Sanitation, dispensaries and jails vaccination Rajputana 1922-1927 - 1922-1927
Year: 1922
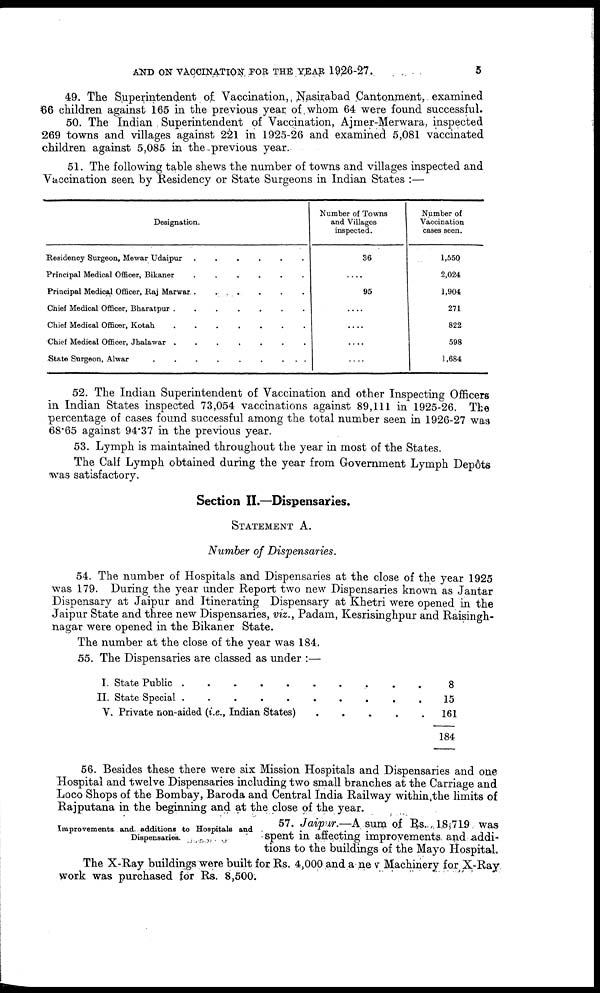
AND ON VACCINATION FOR THE YEAR 1926-27.
5
49. The Superintendent of Vaccination, Nasirabad Cantonment, examined
66 children against 165 in the previous year of whom 64 were found successful.
50. The Indian , Superintendent of Vaccination, Ajmer-Merwara, inspected
269 towns and villages against 221 in 1925-26 and examined 5,081 vaccinated
children against 5,085 in the previous year.
51. The following table shews the number of towns and villages inspected and
Vaccination seen by Residency or State Surgeons in Indian States :—
Designation.
Residency Surgeon, Mewar Udaipur
.
.
.
.
.
Principal Medical Officer, Bikaner
.
.
.
.
.
Principal Medical Officer, Raj Marwar . . . . .
Chief Medical Officer, Bharatpur
.
.
.
.
.
.
Chief Medical Officer, Kotah
.
.
.
.
.
.
Chief Medical Officer, Jhalawar
.
.
.
.
.
.
State Surgeon, Alwar
.
.
.
.
.
.
Number of Towns
and Villages
inspected.
36
....
95
....
....
....
....
Number of
Vaccination
cases seen.
1,550
2,024
1,904
271
822
598
1,684
52. The Indian Superintendent of Vaccination and other Inspecting Officers
in Indian States inspected 73,054 vaccinations against 89,111 in 1925-26. The
percentage of cases found successful among the total number seen in 1926-27 was
68.65 against 94.37 in the previous year.
53. Lymph is maintained throughout the year in most of the States.
The Calf Lymph obtained during the year from Government Lymph Depôts
was satisfactory.
Section II.—Dispensaries.
STATEMENT A.
Number of Dispensaries.
54. The number of Hospitals and Dispensaries at the close of the year 1925
was 179. During the year under Report two new Dispensaries known as Jantar
Dispensary at Jaipur and Itinerating Dispensary at Khetri were opened in the
Jaipur State and three new Dispensaries, viz., Padam, Kesrisinghpur and Raisingh-
nagar were opened in the Bikaner State.
The number at the close of the year was 184.
55. The Dispensaries are classed as under :—
I. State Public . . . . . . . . .
II. State Special . . . . . . .
V. Private non-aided (i.e., Indian States)
.
.
.
.
.
8
15
161
184
56. Besides these there were six Mission Hospitals and Dispensaries and one
Hospital and twelve Dispensaries including two small branches at the Carriage and
Loco Shops of the Bombay, Baroda and Central India Railway within the limits of
Rajputana in the beginning and at the close of the year.
Improvements and additions to Hospitals and
Dispensaries.
57. Jaipur.—A sum of Rs. 18,719 was
spent in affecting improvements and addi-
tions to the buildings of the Mayo Hospital.
The X-Ray buildings were built for Rs. 4,000 and a new Machinery for X-Ray
work was purchased for Rs. 8,500.